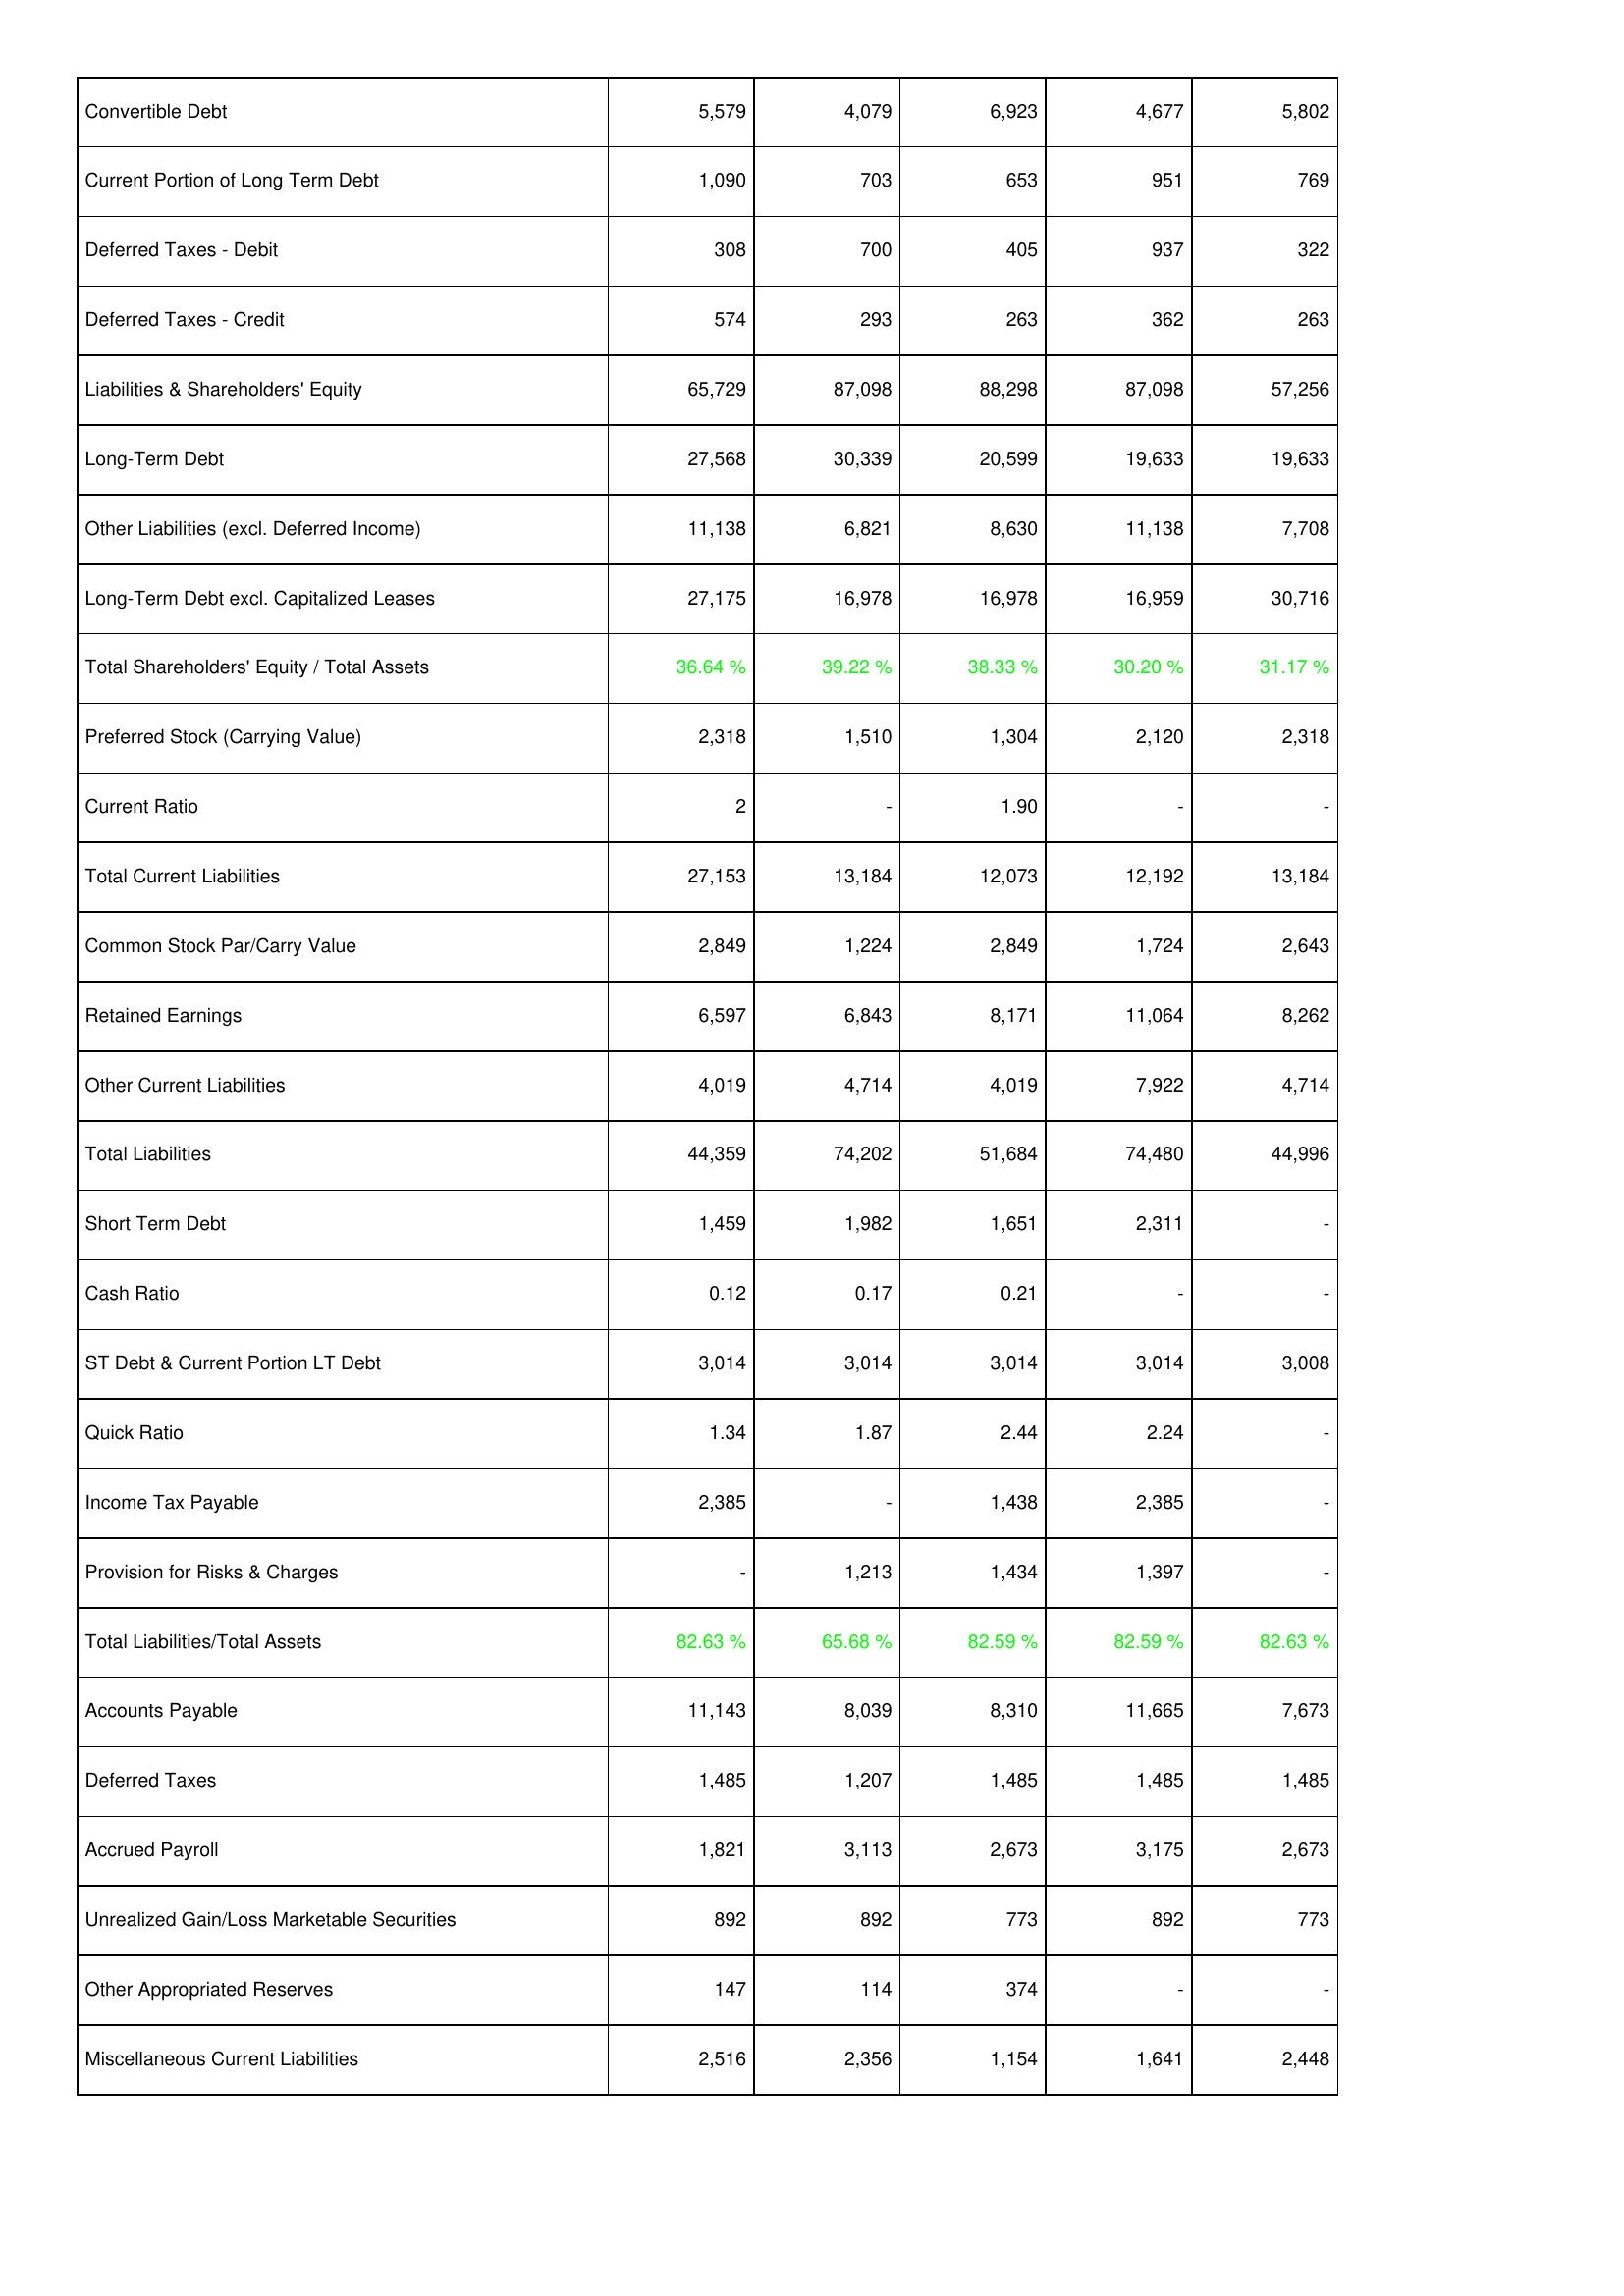
2014: Liabilities & Shareholders' Equity: Convertible Debt: 5,579
Current Portion of Long Term Debt: 1,090
Deferred Taxes - Debit: 308
Deferred Taxes - Credit: 574
Liabilities & Shareholders' Equity: 65,729
Long-Term Debt: 27,568
Other Liabilities (excl. Deferred Income): 11,138
Long-Term Debt excl. Capitalized Leases: 27,175
Total Shareholders' Equity / Total Assets: 36.64 %
Preferred Stock (Carrying Value): 2,318
Current Ratio: 2
Total Current Liabilities: 27,153
Common Stock Par/Carry Value: 2,849
Retained Earnings: 6,597
Other Current Liabilities: 4,019
Total Liabilities: 44,359
Short Term Debt: 1,459
Cash Ratio: 0.12
ST Debt & Current Portion LT Debt: 3,014
Quick Ratio: 1.34
Income Tax Payable: 2,385
Provision for Risks & Charges: -
Total Liabilities/Total Assets: 82.63 %
Accounts Payable: 11,143
Deferred Taxes: 1,485
Accrued Payroll: 1,821
Unrealized Gain/Loss Marketable Securities: 892
Other Appropriated Reserves: 147
Miscellaneous Current Liabilities: 2,516
2013: Liabilities & Shareholders' Equity: Convertible Debt: 4,079
Current Portion of Long Term Debt: 703
Deferred Taxes - Debit: 700
Deferred Taxes - Credit: 293
Liabilities & Shareholders' Equity: 87,098
Long-Term Debt: 30,339
Other Liabilities (excl. Deferred Income): 6,821
Long-Term Debt excl. Capitalized Leases: 16,978
Total Shareholders' Equity / Total Assets: 39.22 %
Preferred Stock (Carrying Value): 1,510
Current Ratio: -
Total Current Liabilities: 13,184
Common Stock Par/Carry Value: 1,224
Retained Earnings: 6,843
Other Current Liabilities: 4,714
Total Liabilities: 74,202
Short Term Debt: 1,982
Cash Ratio: 0.17
ST Debt & Current Portion LT Debt: 3,014
Quick Ratio: 1.87
Income Tax Payable: -
Provision for Risks & Charges: 1,213
Total Liabilities/Total Assets: 65.68 %
Accounts Payable: 8,039
Deferred Taxes: 1,207
Accrued Payroll: 3,113
Unrealized Gain/Loss Marketable Securities: 892
Other Appropriated Reserves: 114
Miscellaneous Current Liabilities: 2,356
2012: Liabilities & Shareholders' Equity: Convertible Debt: 6,923
Current Portion of Long Term Debt: 653
Deferred Taxes - Debit: 405
Deferred Taxes - Credit: 263
Liabilities & Shareholders' Equity: 88,298
Long-Term Debt: 20,599
Other Liabilities (excl. Deferred Income): 8,630
Long-Term Debt excl. Capitalized Leases: 16,978
Total Shareholders' Equity / Total Assets: 38.33 %
Preferred Stock (Carrying Value): 1,304
Current Ratio: 1.90
Total Current Liabilities: 12,073
Common Stock Par/Carry Value: 2,849
Retained Earnings: 8,171
Other Current Liabilities: 4,019
Total Liabilities: 51,684
Short Term Debt: 1,651
Cash Ratio: 0.21
ST Debt & Current Portion LT Debt: 3,014
Quick Ratio: 2.44
Income Tax Payable: 1,438
Provision for Risks & Charges: 1,434
Total Liabilities/Total Assets: 82.59 %
Accounts Payable: 8,310
Deferred Taxes: 1,485
Accrued Payroll: 2,673
Unrealized Gain/Loss Marketable Securities: 773
Other Appropriated Reserves: 374
Miscellaneous Current Liabilities: 1,154
2011: Liabilities & Shareholders' Equity: Convertible Debt: 4,677
Current Portion of Long Term Debt: 951
Deferred Taxes - Debit: 937
Deferred Taxes - Credit: 362
Liabilities & Shareholders' Equity: 87,098
Long-Term Debt: 19,633
Other Liabilities (excl. Deferred Income): 11,138
Long-Term Debt excl. Capitalized Leases: 16,959
Total Shareholders' Equity / Total Assets: 30.20 %
Preferred Stock (Carrying Value): 2,120
Current Ratio: -
Total Current Liabilities: 12,192
Common Stock Par/Carry Value: 1,724
Retained Earnings: 11,064
Other Current Liabilities: 7,922
Total Liabilities: 74,480
Short Term Debt: 2,311
Cash Ratio: -
ST Debt & Current Portion LT Debt: 3,014
Quick Ratio: 2.24
Income Tax Payable: 2,385
Provision for Risks & Charges: 1,397
Total Liabilities/Total Assets: 82.59 %
Accounts Payable: 11,665
Deferred Taxes: 1,485
Accrued Payroll: 3,175
Unrealized Gain/Loss Marketable Securities: 892
Other Appropriated Reserves: -
Miscellaneous Current Liabilities: 1,641
2010: Liabilities & Shareholders' Equity: Convertible Debt: 5,802
Current Portion of Long Term Debt: 769
Deferred Taxes - Debit: 322
Deferred Taxes - Credit: 263
Liabilities & Shareholders' Equity: 57,256
Long-Term Debt: 19,633
Other Liabilities (excl. Deferred Income): 7,708
Long-Term Debt excl. Capitalized Leases: 30,716
Total Shareholders' Equity / Total Assets: 31.17 %
Preferred Stock (Carrying Value): 2,318
Current Ratio: -
Total Current Liabilities: 13,184
Common Stock Par/Carry Value: 2,643
Retained Earnings: 8,262
Other Current Liabilities: 4,714
Total Liabilities: 44,996
Short Term Debt: -
Cash Ratio: -
ST Debt & Current Portion LT Debt: 3,008
Quick Ratio: -
Income Tax Payable: -
Provision for Risks & Charges: -
Total Liabilities/Total Assets: 82.63 %
Accounts Payable: 7,673
Deferred Taxes: 1,485
Accrued Payroll: 2,673
Unrealized Gain/Loss Marketable Securities: 773
Other Appropriated Reserves: -
Miscellaneous Current Liabilities: 2,448